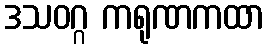
ဒသဝဂ္ဂ ကရုဏကထာ